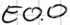
Text: E0.0